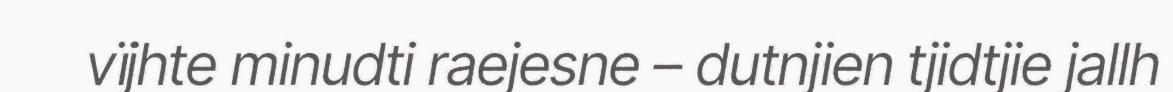
vïjhte minudti raejesne – dutnjien tjidtjie jallh